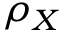
\rho _ { X }